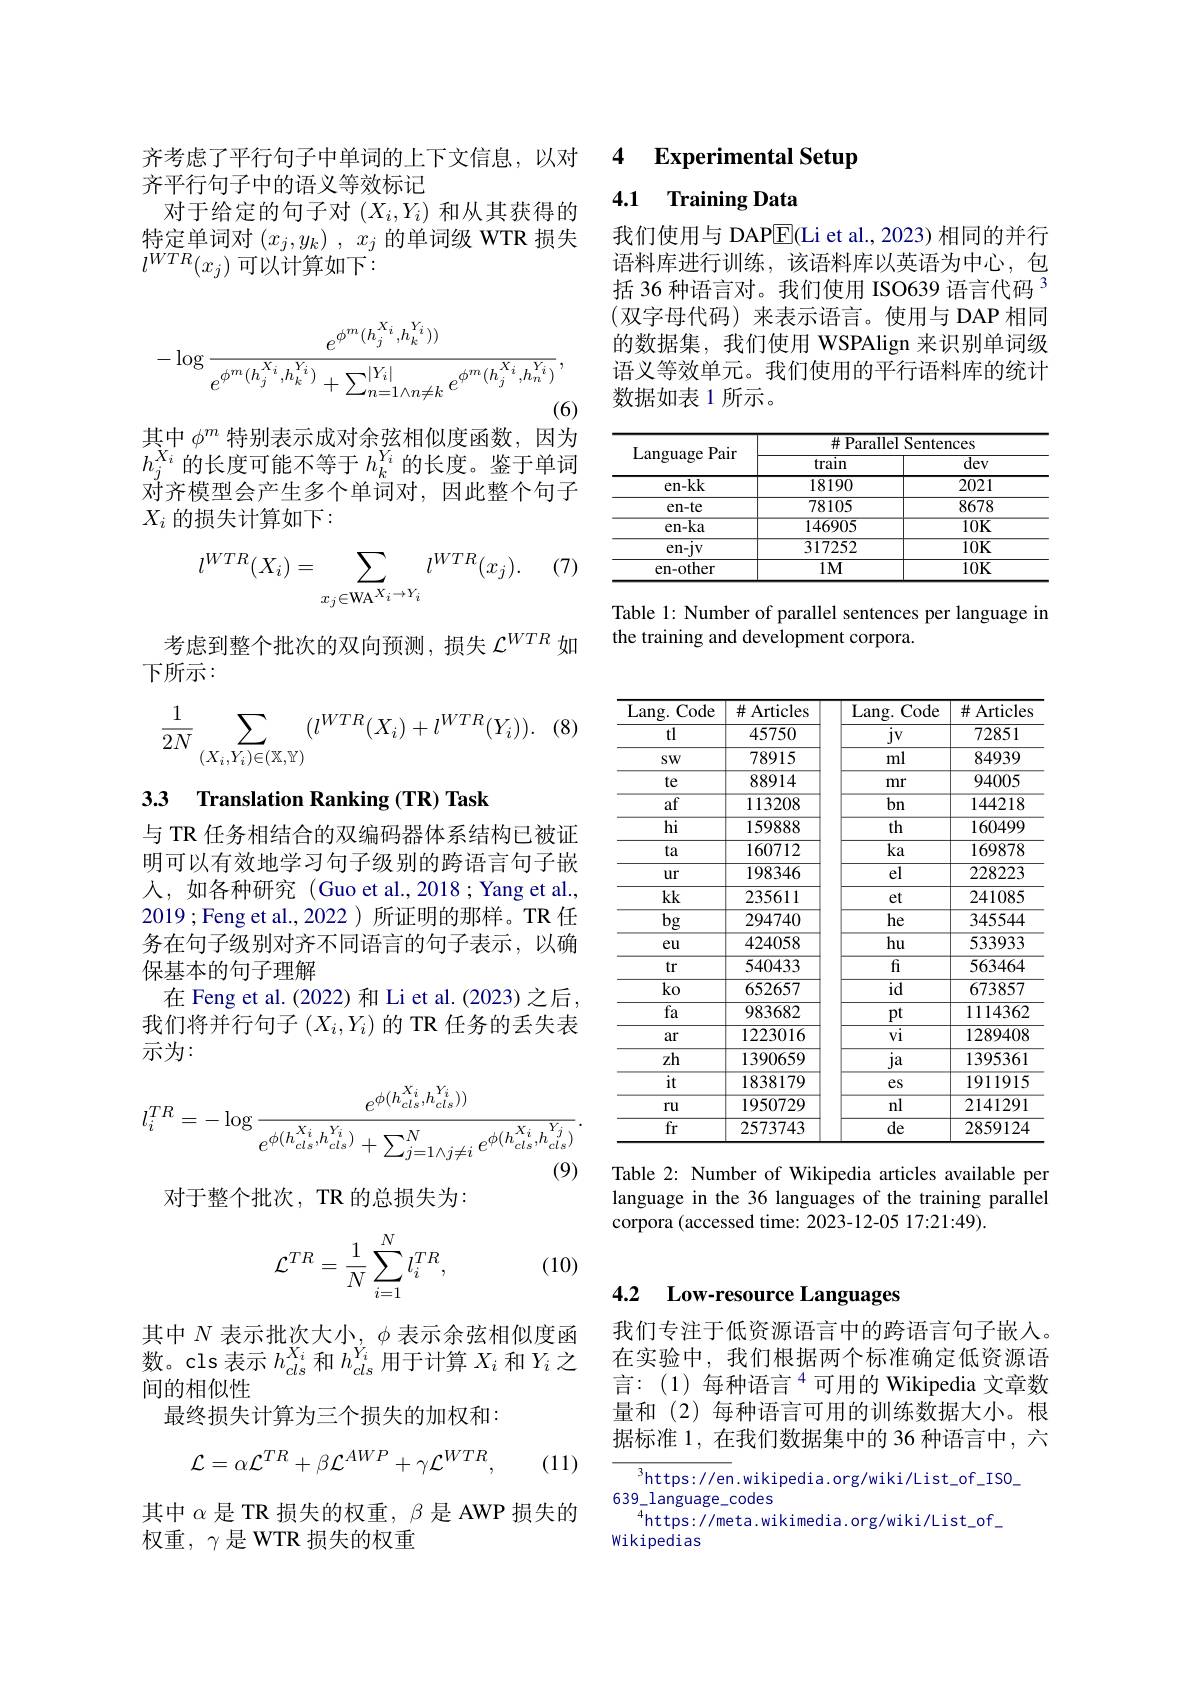
齐平行句子中的语义等效标记
对于给定的句子对($X_i,Y_i)$和从其获得的特定单词对$( x_j, y_k)$ , $x_j$的单词级 WTR 损失$l^{WTR}(x_j)$可以计算如下：
$$-\log\frac{e^{\phi^{m}}(h_{j}^{X_{i}},h_{k}^{Y_{i}}))}{e^{\phi^{m}(h_{j}^{X_{i}},h_{k}^{Y_{i}})}+\sum_{n=1\wedge n\neq k}^{|Y_{i}|}e^{\phi^{m}(h_{j}^{X_{i}},h_{n}^{Y_{i}})}},$$
(6)

其中$\phi^m$特别表示成对余弦相似度函数，因为$h_j^{X_i}$的长度可能不等于$h_k^Y_i$ 的长度。鉴于单词对齐模型会产生多个单词对，因此整个句子$X_i$ 的损失计算如下：

(7)
$$l^{WTR}(X_i)=\sum_{x_j\in\text{WA}^{X_i\to Y_i}}l^{WTR}(x_j).$$
考虑到整个批次的双向预测，损失$\mathcal{L}^{WTR}$如
下所示：

$\cdot$ (8)
$$\frac{1}{2N}\sum_{(X_i,Y_i)\in(\mathbb{X},\mathbb{Y})}(l^{WTR}(X_i)+l^{WTR}(Y_i)).$$
# 3.3 Translation Ranking(TR) Task

与 TR 任务相结合的双编码器体系结构已被证明可以有效地学习句子级别的跨语言句子嵌人，如各种研究(Guo et al.,2018;Yang et al., 2019;Feng et al.,2022)所证明的那样。TR 任务在句子级别对齐不同语言的句子表示，以确保基本的句子理解
在 Feng et al. (2022) 和 Li et al. (2023) 之后， 我们将并行句子$(X_i,Y_i)$的 TR 任务的丢失表示为：
$$l_{i}^{TR}=-\log\frac{e^{\phi(h_{cls}^{X_{i}},h_{cls}^{Y_{i}}))}}{e^{\phi(h_{cls}^{X_{i}},h_{cls}^{Y_{i}})}+\sum_{j=1\wedge j\neq i}^{N}e^{\phi(h_{cls}^{X_{i}},h_{cls}^{Y_{j}})}}.$$
对于整个批次，TR 的总损失为：

(10)
$$\mathcal{L}^{TR}=\frac{1}{N}\sum_{i=1}^{N}l_{i}^{TR},$$
其中$N\text{ 表示批次大小}_{\mathrm{v}},\phi$表示余弦相似度函数。cls 表示$h_{cls}^{X_{i}}$和$h_{cls}^{Y_{i}}$用于计算$X_i$和$Y_i$之间的相似性
最终损失计算为三个损失的加权和：
$$\mathcal{L}=\alpha\mathcal{L}^{TR}+\beta\mathcal{L}^{AWP}+\gamma\mathcal{L}^{WTR},$$
(11)

其中$\alpha$是 TR 损失的权重，$\beta$是 AWP 损失的
权重，$\gamma$是 WTR 损失的权重

齐考虑了平行句子中单词的上下文信息，以对 4 Experimental Setup

4.1 Training Data

我们使用与 DAP$\underline{\mathrm{E}}$(Li et al., 2023) 相同的并行语料库进行训练，该语料库以英语为中心，包括 36 种语言对。我们使用 ISO639 语言代码 3 (双字母代码)来表示语言。使用与 DAP 相同的数据集，我们使用 WSPAlign 来识别单词级语义等效单元。我们使用的平行语料库的统计数据如表 1 所示。

<table>
	<tbody>
		<tr>
			<th rowspan="2">Language Pair</th>
			<th colspan="2">$\#$ Parallel Sentences</th>
		</tr>
		<tr>
			<th>train</th>
			<th>$\overline{\mathrm{dev}}$</th>
		</tr>
		<tr>
			<td>en-kk</td>
			<td>18190</td>
			<td>2021</td>
		</tr>
		<tr>
			<td>$en-te$</td>
			<td>78105</td>
			<td>8678</td>
		</tr>
		<tr>
			<td>en-ka</td>
			<td>146905</td>
			<td>$\overline{10\mathbf{K}}$</td>
		</tr>
		<tr>
			<td>en-jv</td>
			<td>317252</td>
			<td>$\overline{10\mathbf{K}}$</td>
		</tr>
		<tr>
			<td>en-other</td>
			<td>$1M$</td>
			<td>$10\mathbf{K}$</td>
		</tr>
	</tbody>
</table>

Table 1: Number of parallel sentences per language in
the training and development corpora.

<table>
	<tbody>
		<tr>
			<th>Lang. .Code</th>
			<th>$\#$ Articles</th>
		</tr>
		<tr>
			<td>$jv$</td>
			<td>72851</td>
		</tr>
		<tr>
			<td>ml</td>
			<td>84939</td>
		</tr>
		<tr>
			<td>mr</td>
			<td>94005</td>
		</tr>
		<tr>
			<td>bn</td>
			<td>144218</td>
		</tr>
		<tr>
			<td>th</td>
			<td>160499</td>
		</tr>
		<tr>
			<td>ka</td>
			<td>169878</td>
		</tr>
		<tr>
			<td>el</td>
			<td>228223</td>
		</tr>
		<tr>
			<td>et</td>
			<td>241085</td>
		</tr>
		<tr>
			<td>he</td>
			<td>345544</td>
		</tr>
		<tr>
			<td>hu</td>
			<td>533933</td>
		</tr>
		<tr>
			<td>$fi$</td>
			<td>563464</td>
		</tr>
		<tr>
			<td>id</td>
			<td>673857</td>
		</tr>
		<tr>
			<td>$pt$</td>
			<td>1114362</td>
		</tr>
		<tr>
			<td>$vi$</td>
			<td>1289408</td>
		</tr>
		<tr>
			<td>ja</td>
			<td>1395361</td>
		</tr>
		<tr>
			<td>$es$</td>
			<td>1911915</td>
		</tr>
		<tr>
			<td>nl</td>
			<td>2141291</td>
		</tr>
		<tr>
			<td>de</td>
			<td>2859124</td>
		</tr>
	</tbody>
</table>

<table>
	<tbody>
		<tr>
			<th>Lang. .Code</th>
			<th>$\#$ Articles</th>
		</tr>
		<tr>
			<td>tl</td>
			<td>45750</td>
		</tr>
		<tr>
			<td>$SW$</td>
			<td>78915</td>
		</tr>
		<tr>
			<td>te</td>
			<td>88914</td>
		</tr>
		<tr>
			<td>af</td>
			<td>113208</td>
		</tr>
		<tr>
			<td>$\overline{\mathrm{hi}}$</td>
			<td>159888</td>
		</tr>
		<tr>
			<td>ta</td>
			<td>160712</td>
		</tr>
		<tr>
			<td>ur</td>
			<td>198346</td>
		</tr>
		<tr>
			<td>$kk$</td>
			<td>235611</td>
		</tr>
		<tr>
			<td>$\overline{\mathrm{bg}}$</td>
			<td>294740</td>
		</tr>
		<tr>
			<td>eu</td>
			<td>424058</td>
		</tr>
		<tr>
			<td>tr</td>
			<td>540433</td>
		</tr>
		<tr>
			<td>ko</td>
			<td>652657</td>
		</tr>
		<tr>
			<td>fa</td>
			<td>983682</td>
		</tr>
		<tr>
			<td>ar</td>
			<td>1223016</td>
		</tr>
		<tr>
			<td>zh</td>
			<td>1390659</td>
		</tr>
		<tr>
			<td>it</td>
			<td>1838179</td>
		</tr>
		<tr>
			<td>ru</td>
			<td>1950729</td>
		</tr>
		<tr>
			<td>${\overline{fr}}$</td>
			<td>2573743</td>
		</tr>
	</tbody>
</table>

Table 2: Number of Wikipedia articles available per language in the 36 languages of the training parallel corpora (accessed time: 2023-12-05 17:21:49).

### 4.2 $\textbf{Low- resource Languages}$

我们专注于低资源语言中的跨语言句子嵌人在实验中，我们根据两个标准确定低资源语言：(1)每种语言$^{4}$可用的 Wikipedia 文章数量和 (2) 每种语言可用的训练数据大小。根据标准 1,在我们数据集中的 36 种语言中，六

$^3$https://en.wikipedia.org/wiki/List\_of\_ISO\_
$639\_1anguage\_codes$
$^{4}$https://meta.wikimedia.org/wiki/List\_of\_
Wikipedias